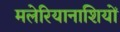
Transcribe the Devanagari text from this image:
मलेरियानाशियों